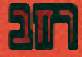
רחב